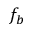
f _ { b }